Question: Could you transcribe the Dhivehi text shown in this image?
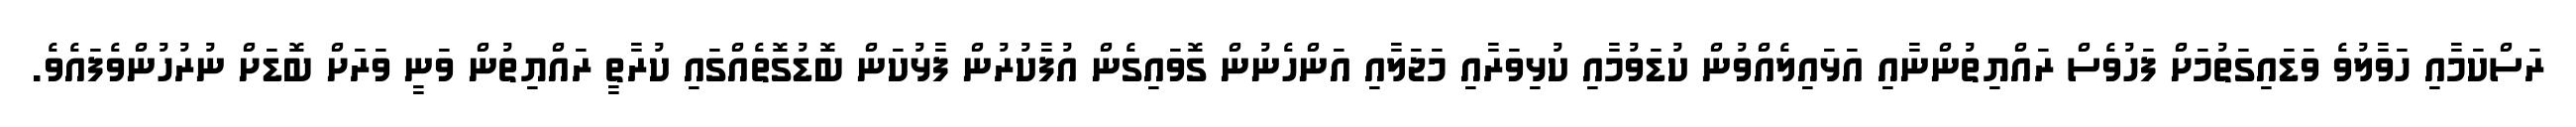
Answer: ރަސްކަމާއި ހަވާލުވެ ވަޑައިގަތުމަށް ފަހުވެސް ރައްޔިތުންނާއި އަޅައިލެއްވުން ކުޑަވުމާއި ކުޅިވަރާއި މަޖަލާއި އަންހެނުން ގޮވައިގެން އުފާކުރުން ފާޅުކަން ބޮޑުގޮތެއްގައި ކުރާތީ ރައްޔިތުން ވަނީ ވަރަށް ބޮޑަށް ނުރުހުންވެފައެވެ.